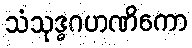
သံသုဒ္ဓဂဟဏိကော